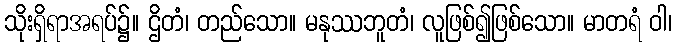
သိုးရှိရာအရပ်၌။ ဌိတံ၊ တည်သော။ မနုဿဘူတံ၊ လူဖြစ်၍ဖြစ်သော။ မာတရံ ဝါ၊